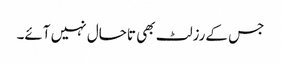
جس کےرزلٹ بھی تاحال نہیں آئے۔